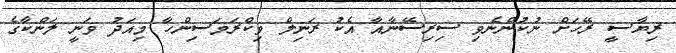
ރިޔާސީ ރޭހަށް ނުކުންނެވި ސިރިސޭނާއާ އެކު ރަނިލް ވިކްރަމަސިންހާ މިއަދު ވަނީ ލަންކާގެ